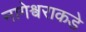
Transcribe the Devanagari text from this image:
नागेश्वराकडे